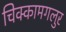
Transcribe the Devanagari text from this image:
चिक्कामगलुर